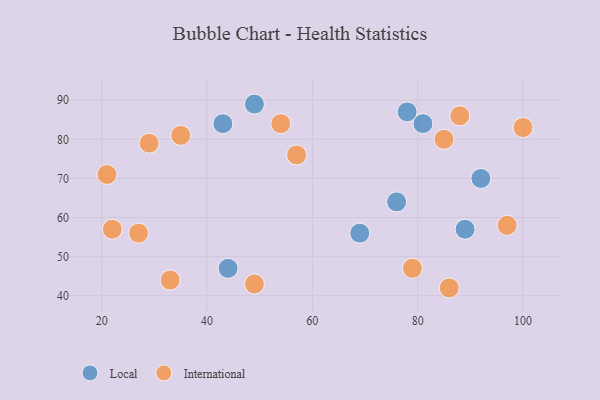
{"axis": {"x": "GDP", "y": "Life Expectancy"}, "legend": ["International", "Local"], "data": [{"x": "49", "y": 89, "type": "Local"}, {"x": "78", "y": 87, "type": "Local"}, {"x": "43", "y": 84, "type": "Local"}, {"x": "76", "y": 64, "type": "Local"}, {"x": "44", "y": 47, "type": "Local"}, {"x": "81", "y": 84, "type": "Local"}, {"x": "92", "y": 70, "type": "Local"}, {"x": "69", "y": 56, "type": "Local"}, {"x": "89", "y": 57, "type": "Local"}, {"x": "27", "y": 56, "type": "International"}, {"x": "22", "y": 57, "type": "International"}, {"x": "57", "y": 76, "type": "International"}, {"x": "100", "y": 83, "type": "International"}, {"x": "29", "y": 79, "type": "International"}, {"x": "97", "y": 58, "type": "International"}, {"x": "85", "y": 80, "type": "International"}, {"x": "35", "y": 81, "type": "International"}, {"x": "79", "y": 47, "type": "International"}, {"x": "21", "y": 71, "type": "International"}, {"x": "33", "y": 44, "type": "International"}, {"x": "54", "y": 84, "type": "International"}, {"x": "88", "y": 86, "type": "International"}, {"x": "49", "y": 43, "type": "International"}, {"x": "86", "y": 42, "type": "International"}]}